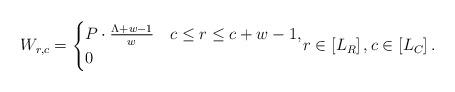
LaTeX: \begin{align*}W_{r,c} = \begin{cases}P \cdot \frac{\Lambda+w -1}{w} \!\! & \ c \leq r \leq c+w -1, \\0 \!\! & \end{cases}\! r \in \left[L_R\right], c \in \left[L_C\right]. \end{align*}